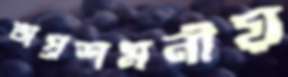
অপ্রশমনীয়